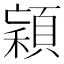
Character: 𱶥